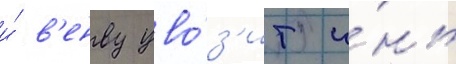
и́ в'енву уво́з'ит и́нь